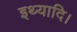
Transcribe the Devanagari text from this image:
इथ्यादि।